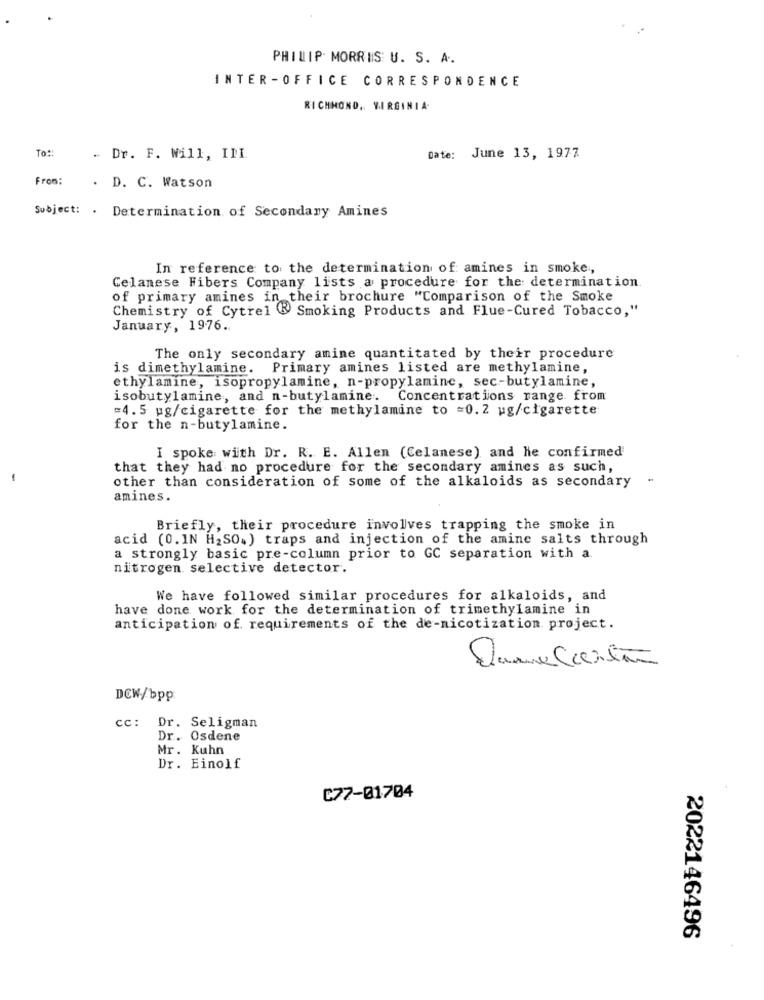
PHILIP MORRIS U. S. A.
INTER - OFFICE CORRESPONDENCE
RICHMOND, VIRGINIA
To ::
. Dr. F. Will, III
Date: June 13, 1977
From :
. D. C. Watson
Subject: . Determination of Secondary Amines
In reference to the determination of amines in smoke,
Celanese Fibers Company lists a procedure for the: determination.
of primary amines in their brochure "Comparison of the Smoke
Chemistry of Cytrei Smoking Products and Flue-Cured Tobacco,"
January, 1976.
The only secondary amine quantitated by their procedure
is dimethylamine. Primary amines listed are methylamine,
ethylamine, isopropylamine, n-propylamine, sec-butylamine,
isobutylamine, and n-butylamine. Concentrations range from
=4.5 ug/cigarette for the methylamine to =0.2 ug/cigarette
for the n-butylamine.
I spoke with Dr. R. E. Allen (Celanese) and he confirmed
that they had no procedure for the secondary amines as such,
other than consideration of some of the alkaloids as secondary
amines.
Briefly, their procedure involves trapping the smoke in
acid (0.IN H2SO.) traps and injection of the amine salts through
a strongly basic pre-column prior to GC separation with a.
nitrogen selective detector.
We have followed similar procedures for alkaloids, and
have done work for the determination of trimethylamine in
anticipation of requirements of the de-nicotization project.
DCW/bpp
cc: Dr. Seligman
Dr. Osdene
Mr. Kuhn
Dr. Einolf
C77-01704
2022146496